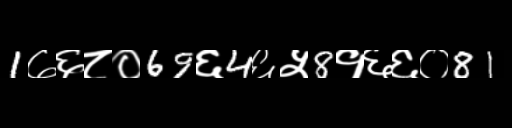
Text: 1७६८०69६4६५8१६६०81